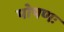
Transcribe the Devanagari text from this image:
पोषणः